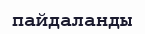
пайдаланды